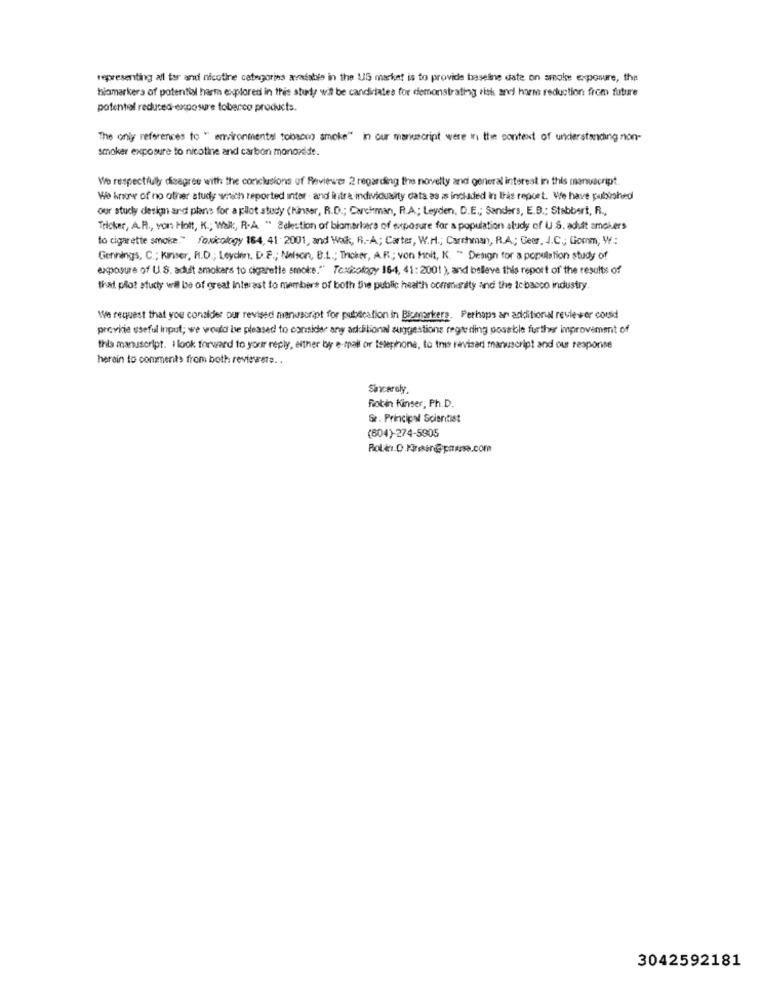
representing all for and nicotine categories arratable in the US market is to provide baseine date on smoke exposure, the
halomarkers of potential harm explored in this study wil be candidates for demonstrating risk and harm reduction from future
potential reduced-exposure tobacco products.
The only references to " environmental tobacco smoke" in our manuscript were in the content of understanding non-
smoker exposure to nicotine and carbon monorede.
We respectfully disagree with the conclusions of Reviewer 2 regarding the novelty and general interest in this manuscript.
We know of no other study which reported inter - and intra individuality data as is included in this report. We have published
our study deskm and plans for a pilot study (hinser, R.D .; Carchman, R.A .; Leyden, D.E .; Sanders, E.B .: Stabbert, R .,
Telcker, A.R ., von Holt, K .; Walk, R.A. " Selection of biomarkers of exposure for a population study of U .S. adult anchers
to cigarette smoke." Toxicology 184, 41 : 2001, and Walk, R .- A .; Carter, W.H .; Carchman, R.A .; Geor, I.C .; Gomm, W:
Gennings, C .; Kanser, R.D .; Leydin. D.F .; Nelson, B.L .; Tracker, A.R .; von Holt, K. " Design for a population study of
exposure of U.S. adult smokers to cigarette smoke." Toxicology 16-4, 41 :2001), and believe this report of the results of
that pilot study wil be of great Interest to members of both the public health ocmensity and the tobacco industry.
We request that you consider our revised manuscript for pubscation in Bizemarkers. Perhaps an additional reviewer could
provide useful input; we would be pleased to consider any additional suggestions regarding possible further improvement of
this manuscript. I look forward to your reply, either by e-mail or telephone, to this revisar manuscript and our responise
herain to comments from both reviewers ..
Sincerely,
Robin Kinser, Ph.D.
Se. Principal Scientist
(804)-274-5905
3042592181